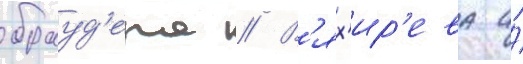
брауд'ера // В'ях'ир'ева и́